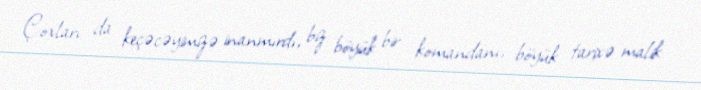
Çoxları da keçəcəyimizə inanmırdı, biz böyük bir komandanı, böyük tarixə malik